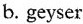
b. geyser